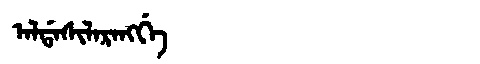
Manchu: ᠠᠯᡩᠠᠰᡳᠯᠠᡵᠠᠩᡤᡝ
Romanization: ALDASILARANGGE